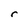
Character: r